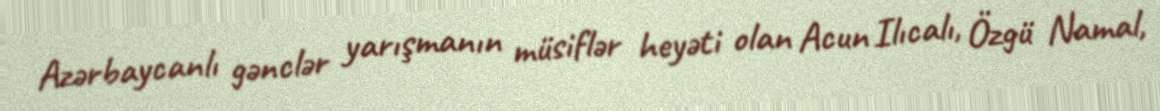
Azərbaycanlı gənclər yarışmanın müsiflər heyəti olan Acun Ilıcalı, Özgü Namal,